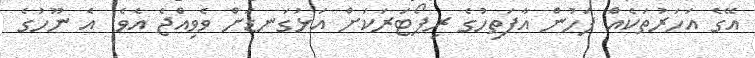
އޭގެ އަހަރުތަކެއް ފަހުން އާފަތިހުގެ ރިޕޯޓަރަކަށް އަޅުގަނޑަށް ވެވިއްޖެ އެވެ. އެ ނޫހުގެ